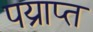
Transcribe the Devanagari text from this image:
पय्राप्त